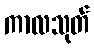
ကာလသုတ်